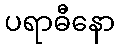
ပရာဓီနော